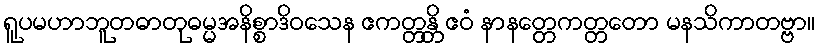
ရူပမဟာဘူတဓာတုဓမ္မအနိစ္စာဒိဝသေန ဧကတ္တန္တိ ဧဝံ နာနတ္တေကတ္တတော မနသိကာတဗ္ဗာ။